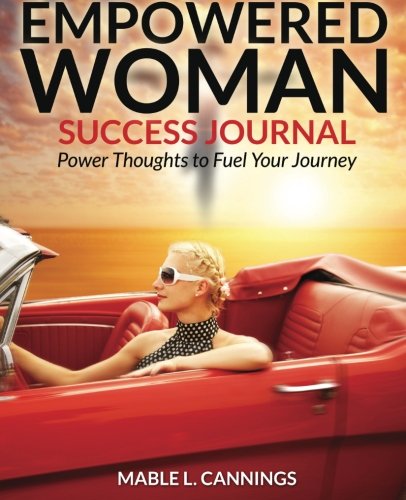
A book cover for Empowered Woman Success Journal: Power Thoughts to Fuel Your Journey (Empowerment Series) (Volume 4); Mable L. Cannings; Self-Help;